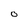
Character: O